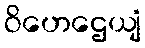
ဝိဟေဌေယျံ